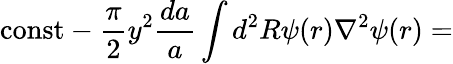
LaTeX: \mathrm{const}-\frac{\pi}{2}y^{2}\frac{da}{a}\int d^{2}R\psi(r)\nabla^{2}\psi(r)=